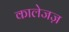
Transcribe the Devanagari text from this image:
कालेजज़